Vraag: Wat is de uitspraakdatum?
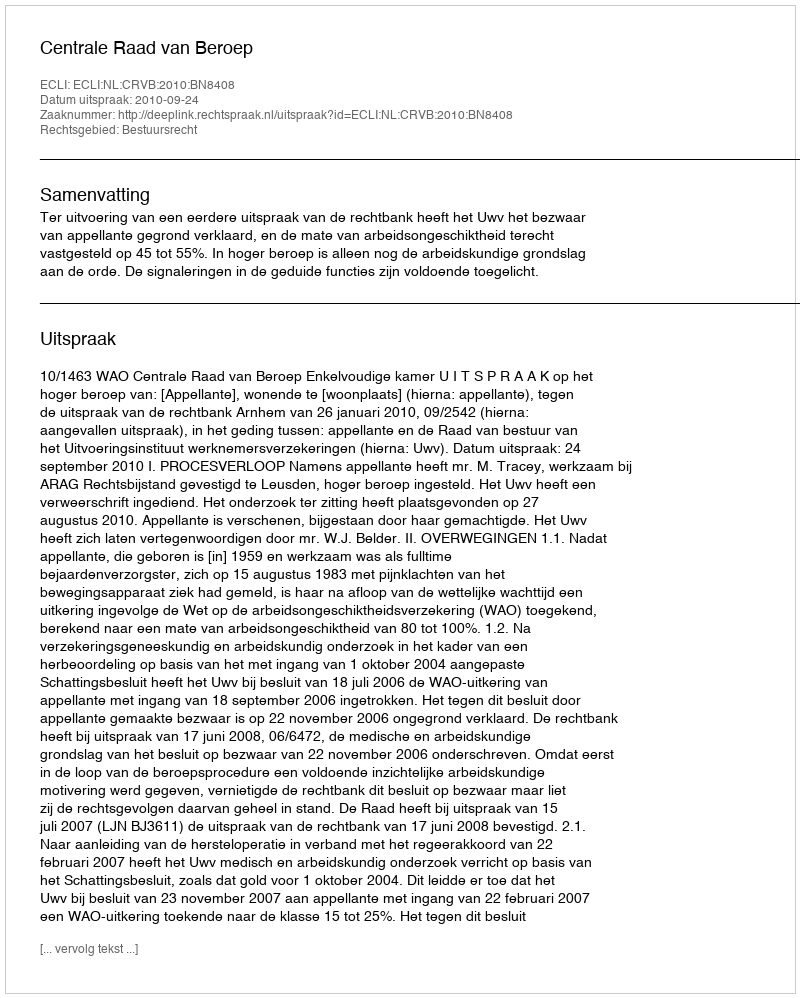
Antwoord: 2010-09-24